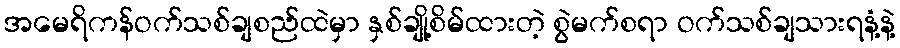
အမေရိကန်ဝက်သစ်ချစည်ထဲမှာ နှစ်ချို့စိမ်ထားတဲ့ စွဲမက်စရာ ဝက်သစ်ချသားရနံ့နဲ့